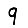
Digit: 9